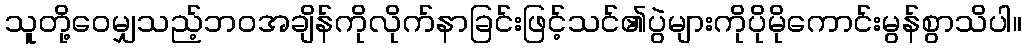
သူတို့ဝေမျှသည့်ဘဝအချိန်ကိုလိုက်နာခြင်းဖြင့်သင်၏ပွဲများကိုပိုမိုကောင်းမွန်စွာသိပါ။